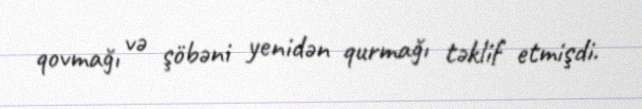
qovmağı və şöbəni yenidən qurmağı təklif etmişdi.